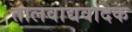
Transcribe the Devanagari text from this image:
तालवाद्यवादक